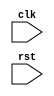
module multirate_timer(
    input wire clk,
    input wire rst,
    // define input and output ports here
    
);

// define internal memory elements and signals here

// define counter and state machine logic here

// define synchronization logic here

endmodule